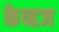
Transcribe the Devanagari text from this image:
केव्हज